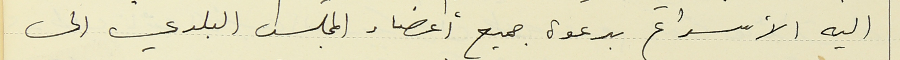
اليه الأسراع بدعوة جميع أعضاء المجلس البلدي الى